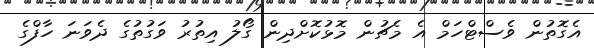
އެގޮތުން ވެސްޓްހަމް އެ މެޗުން މޮޅުކޮށްދިން ގޯލު އިތުރު ވަގުތުގެ ދެވަނަ ހާފްގެ